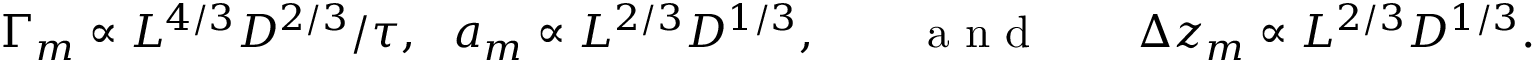
\Gamma _ { m } \propto L ^ { 4 / 3 } D ^ { 2 / 3 } / \tau , \ \ a _ { m } \propto L ^ { 2 / 3 } D ^ { 1 / 3 } , \mathrm { ~ ~ ~ ~ ~ ~ ~ a ~ n ~ d ~ ~ ~ ~ ~ ~ ~ } \Delta z _ { m } \propto L ^ { 2 / 3 } D ^ { 1 / 3 } .